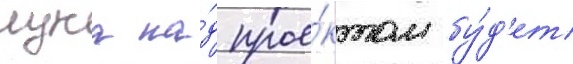
лука на́д прое́ктом бу́д'ет